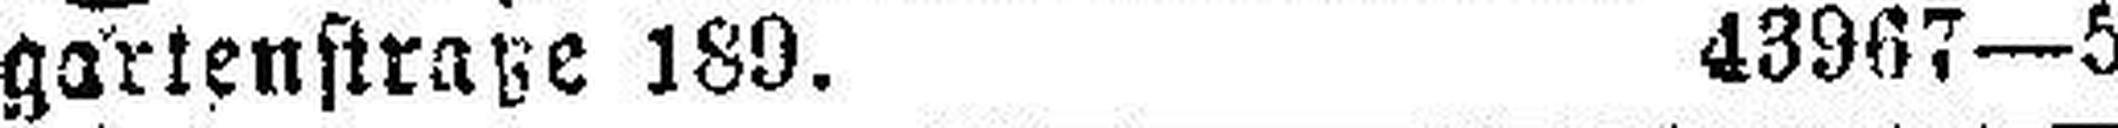
gartenstraße 180. 43967—5